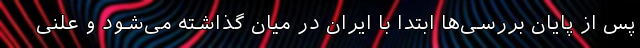
پس از پایان بررسی‌ها ابتدا با ایران در میان گذاشته می‌شود و علنی